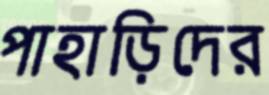
পাহাড়িদের